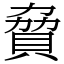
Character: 䝱